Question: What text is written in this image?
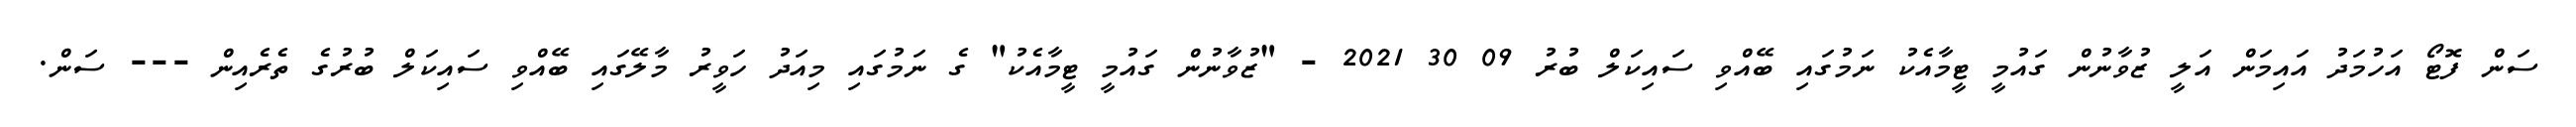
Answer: ސަން ފޮޓޯ އަހުމަދު އައިމަން އަލީ ޒުވާނުން ގައުމީ ޓީމާއެކު ނަމުގައި ބޭއްވި ސައިކަލް ބުރު 09 30 2021 - "ޒުވާނުން ގައުމީ ޓީމާއެކު" ގެ ނަމުގައި މިއަދު ހަވީރު މާލޭގައި ބޭއްވި ސައިކަލް ބުރުގެ ތެރެއިން --- ސަން.